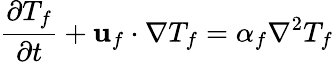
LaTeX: \frac{\partial T_{f}}{\partial t}+\mathbf{u}_{f}\cdot\nabla T_{f}=\alpha_{f}\nabla^{2}T_{f}